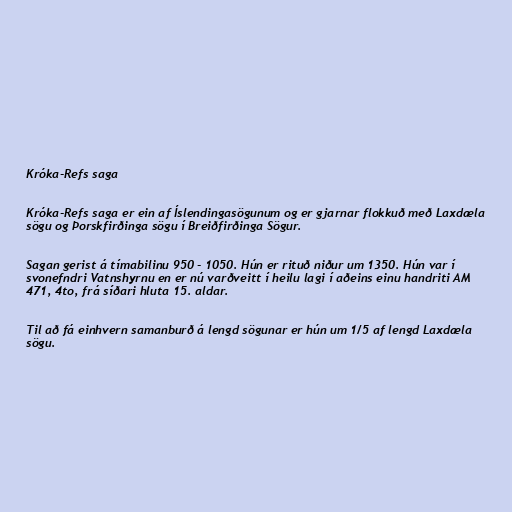
Króka-Refs saga

Króka-Refs saga er ein af Íslendingasögunum og er gjarnar flokkuð með Laxdæla
sögu og Þorskfirðinga sögu í Breiðfirðinga Sögur.

Sagan gerist á tímabilinu 950 - 1050. Hún er rituð niður um 1350. Hún var í
svonefndri Vatnshyrnu en er nú varðveitt í heilu lagi í aðeins einu handriti AM
471, 4to, frá síðari hluta 15. aldar.

Til að fá einhvern samanburð á lengd sögunar er hún um 1/5 af lengd Laxdæla
sögu.